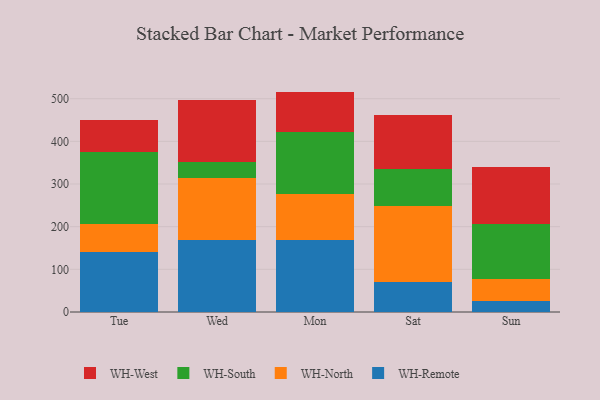
{"axis": {"x": "Day", "y": "Tickets Resolved"}, "legend": ["WH-North", "WH-Remote", "WH-South", "WH-West"], "data": [{"x": "Tue", "y": 140.8, "type": "WH-Remote"}, {"x": "Tue", "y": 65.8, "type": "WH-North"}, {"x": "Tue", "y": 168.8, "type": "WH-South"}, {"x": "Tue", "y": 75.4, "type": "WH-West"}, {"x": "Wed", "y": 169.5, "type": "WH-Remote"}, {"x": "Wed", "y": 143.6, "type": "WH-North"}, {"x": "Wed", "y": 37.6, "type": "WH-South"}, {"x": "Wed", "y": 146.5, "type": "WH-West"}, {"x": "Mon", "y": 169.7, "type": "WH-Remote"}, {"x": "Mon", "y": 106.3, "type": "WH-North"}, {"x": "Mon", "y": 145.0, "type": "WH-South"}, {"x": "Mon", "y": 95.6, "type": "WH-West"}, {"x": "Sat", "y": 69.7, "type": "WH-Remote"}, {"x": "Sat", "y": 177.8, "type": "WH-North"}, {"x": "Sat", "y": 87.5, "type": "WH-South"}, {"x": "Sat", "y": 127.0, "type": "WH-West"}, {"x": "Sun", "y": 24.8, "type": "WH-Remote"}, {"x": "Sun", "y": 51.6, "type": "WH-North"}, {"x": "Sun", "y": 129.6, "type": "WH-South"}, {"x": "Sun", "y": 134.7, "type": "WH-West"}]}